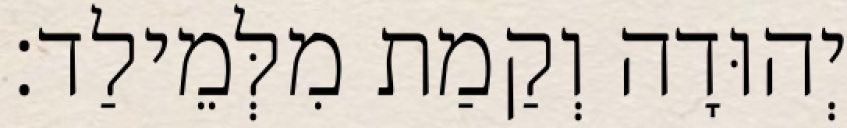
יְהוּדָה וְקַמַת מִלְּמֵילַד׃